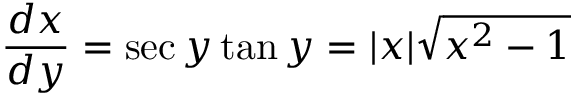
{ \frac { d x } { d y } } = \sec y \tan y = | x | { \sqrt { x ^ { 2 } - 1 } }